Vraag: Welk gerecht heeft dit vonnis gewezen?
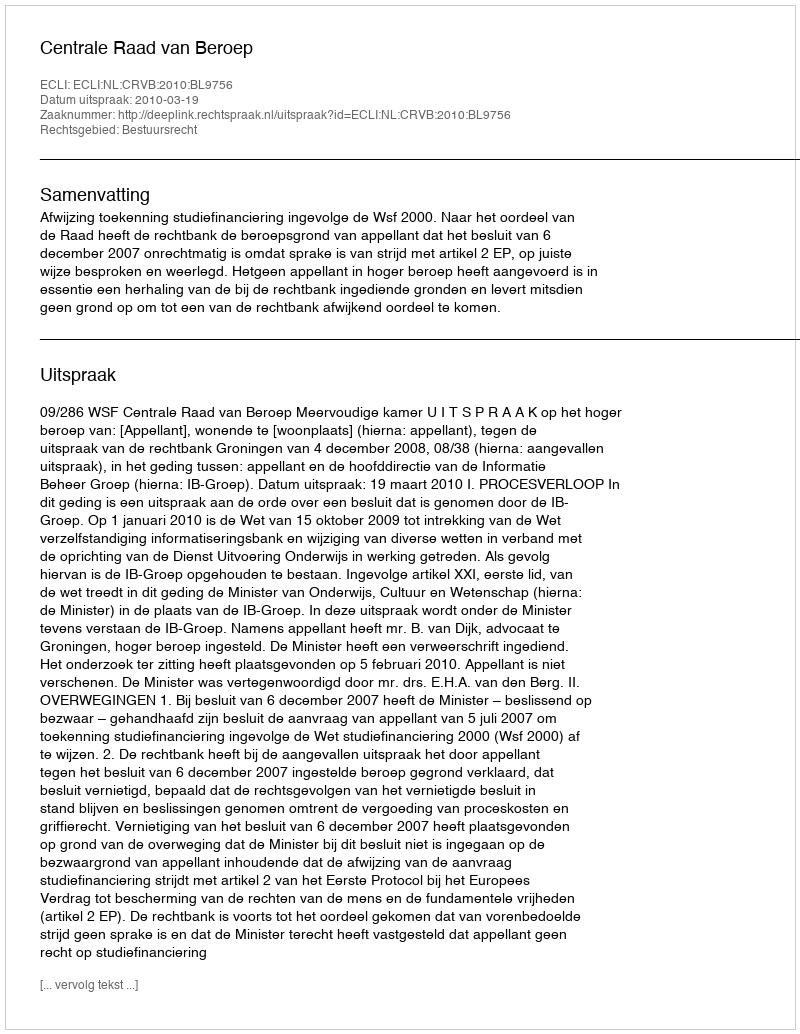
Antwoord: Centrale Raad van Beroep